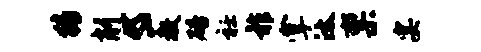
猜削岱教碚衽祚掌汰禀宴